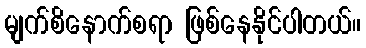
မျက်စိနောက်စရာ ဖြစ်နေနိုင်ပါတယ်။